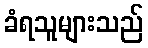
ခံရသူများသည်